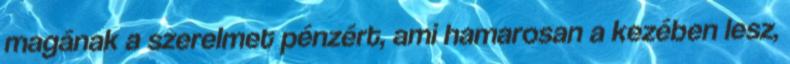
magának a szerelmet pénzért, ami hamarosan a kezében lesz,